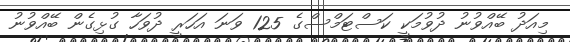
މިއަދު ބޭއްވުނު ދުވުމަކީ ކަސްޓަމްސްގެ 125 ވަނަ އަހަރީ ދުވަހާ ގުޅިގެން ބޭއްވުނު